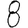
Digit: 8